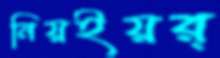
নিয়ইয়র্